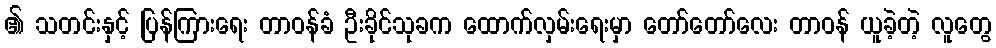
၏ သတင်းနှင့် ပြန်ကြားရေး တာဝန်ခံ ဦးခိုင်သုခက ထောက်လှမ်းရေးမှာ တော်တော်လေး တာဝန် ယူခဲ့တဲ့ လူတွေ